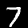
Label: 7